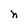
Character: n